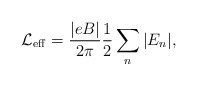
\begin{align*}\mbox{$\cal L$}_{{\rm eff}}= \frac{|eB |}{2\pi } \frac{1}{2} \sum_n |E_{n}|,\end{align*}